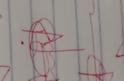
Signature authenticity: genuine